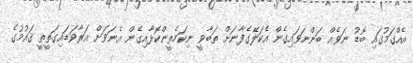
އެއްގަމުގައި ބޮޑު ނަވެއް ބަންނަވައިގެން އެކަލޭގެފާނަށް ތަބާވީ ނިކަމެތީންކޮޅާއިގެން އެނަވަށް އަރާވަޑައިގަތީތީ ޤައުމުގެ